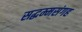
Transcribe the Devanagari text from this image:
सद्धम्मसंगह